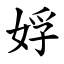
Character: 娐